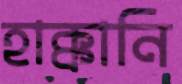
হাক্কানি